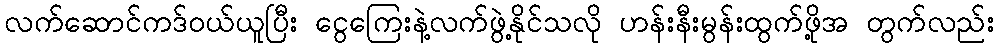
လက်ဆောင်ကဒ်ဝယ်ယူပြီး ငွေကြေးနဲ့လက်ဖွဲ့နိုင်သလို ဟန်းနီးမွန်းထွက်ဖို့အ တွက်လည်း